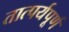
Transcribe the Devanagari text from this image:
तात्पर्यपूर्ण